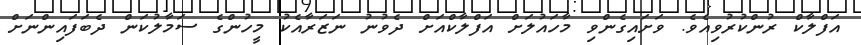
އަފްލާކް ރުންކުރުވިއެވެ. ވަށައިގެންވި މާހައުލަށް އަފްލާކްއަށް ދެވުނު ނަޒަރާއެކު މީހުންގެ ސަމާލުކަން ދެބަފައިންނަށް